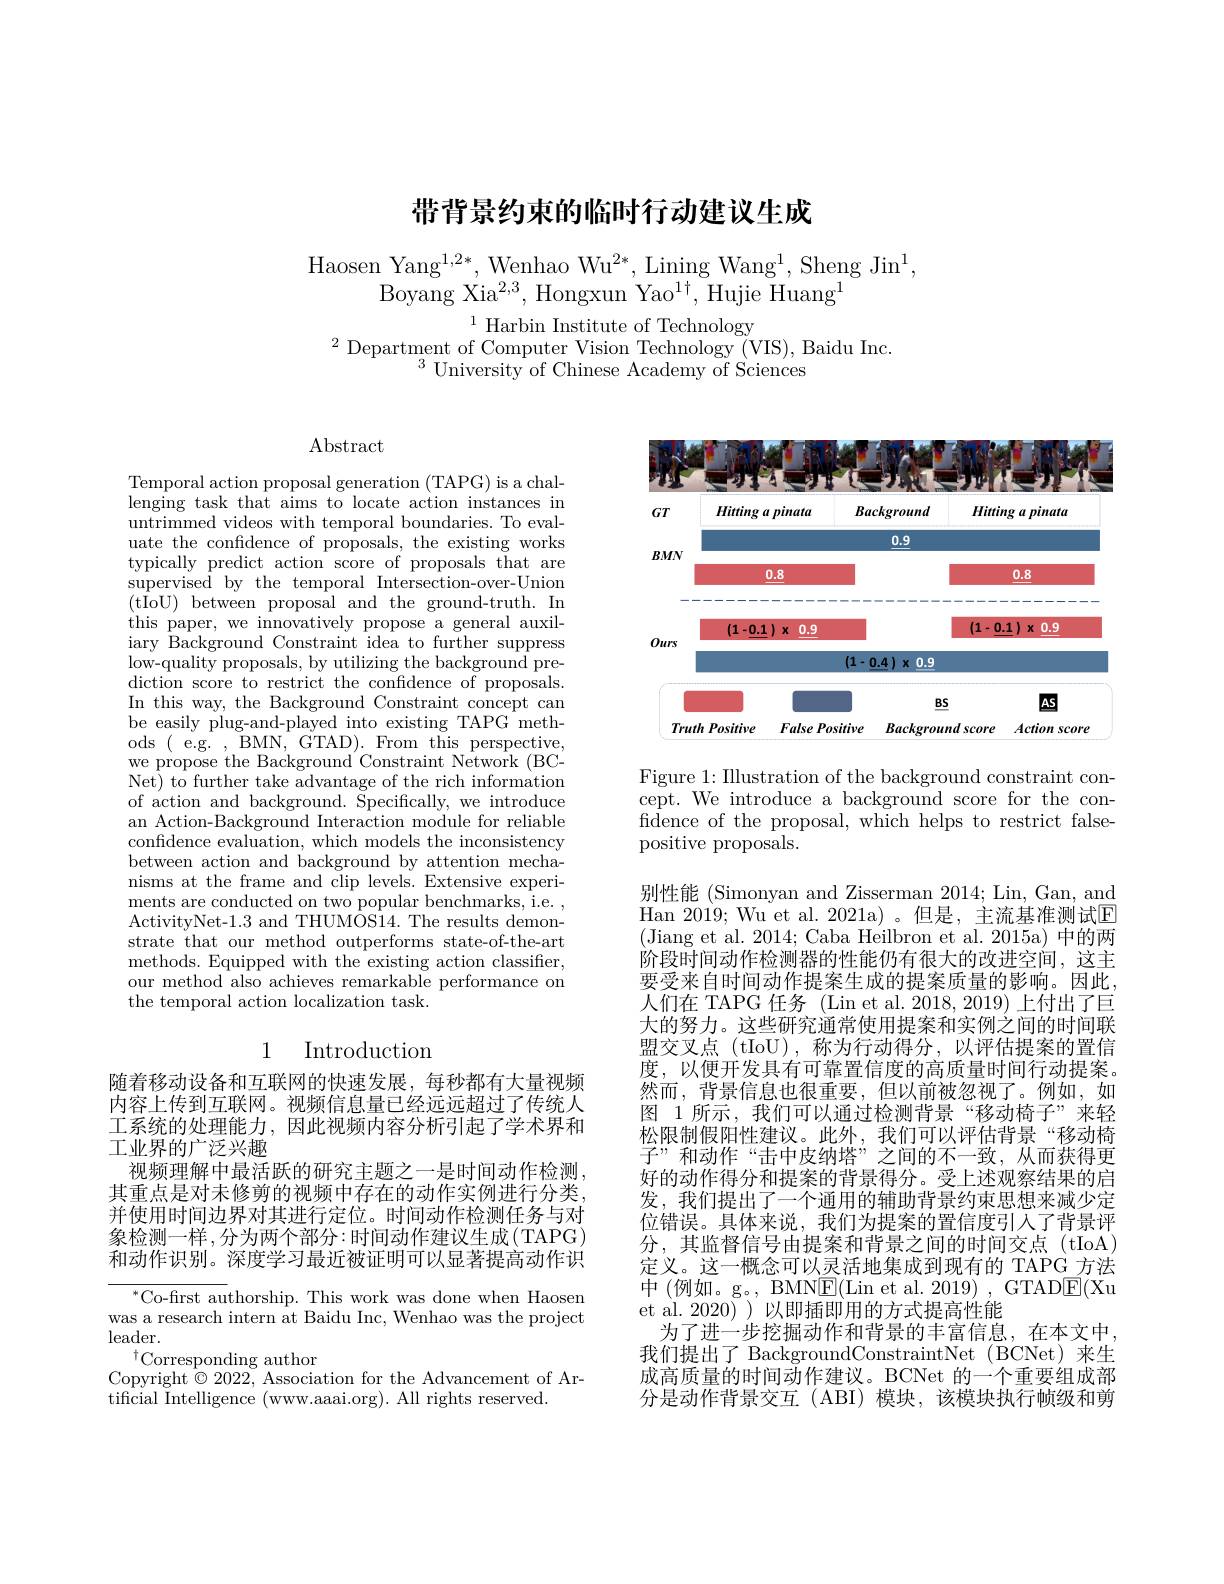
# 带背景约束的临时行动建议生成

Haosen Yan$g^{1, 2* }$, Wenhao W$u^{2* }$, Lining Wan$g^{1}$, Sheng Ji$n^{1}$,
$\mathrm{Boyang~Xia^{2,3},~Hongxun~Yao^{1\dagger},~Hujie~Huang}^{1}$
$^{1}$ Harbin Institute of Technology

$^{2}\underset{3}{\operatorname*{\text{Department of Computer Vision Technology (VIS),Baidu Inc.}}}$
$^{3}{\mathrm{~University~of~Chinese~Academy~of~Sciences}}$

Abstract

Temporal action proposal generation (TAPG) is a challenging task that aims to locate action instances in untrimmed videos with temporal boundaries. To evaluate the confidence of proposals, the existing works typically predict action score of proposals that are supervised by the temporal Intersection-over-Union ( t$\bar{I}$oU) between proposal and the ground- truth. In this paper, we innovatively propose a general auxiliary Background Constraint idea to further suppress low-quality proposals, by utilizing the background prediction score to restrict the confidence of proposals. In this way, the Background Constraint concept can be easily plug-and-played into existing TAPG methods(e.g.,BMN,GTAD).Fromthisperspective, we propose the Background'Constraint Network (BCNet) to further take advantage of the rich information of action and background. $\bar{\text{Specifically,we introduce}}$ an Action-Background Interaction module for reliable confidence evaluation, which models the inconsistency between action and background by attention mechanisms at the frame and clip levels. Extensive experiments are conducted on two popular benchmarks, i.e. , ActivityNet-1.3 and THUMOS14. The results demonstrate that our method outperforms state-of-the-art methods. Equipped with the existing action classifier, our method also achieves remarkable performance on the temporal action localization task.

## 1 Introduction

工系统的处理能力，因此视频内容分析引起了学术界和
工业界的广泛兴趣

随着移动设备和互联网的快速发展，每秒都有大量视频内容上传到互联网。视频信息量已经远远超过了传统人视频理解中最活跃的研究主题之一是时间动作检测其重点是对未修剪的视频中存在的动作实例进行分类， 并使用时间边界对其进行定位。时间动作检测任务与对象检测一样，分为两个部分：时间动作建议生成(TAPG) 和动作识别。深度学习最近被证明可以显著提高动作识

$^{*}$Co-first authorship. This work was done when Haosen was a research intern at Baidu Inc, Wenhao was the project $leader.$
$^{\dagger}$Corresponding author
Copyright $\odot2022$, Association for the Advancement of Ar-
tificial Intelligence (www.aaai.org). All rights reserved.

<FigureHere>

Figure 1: Illustration of the background constraint concept. We introduce a background score for the confidence of the proposal, which helps to restrict falsepositive proposals.
别性能 (Simonyan and Zisserman 2014; Lin, Gan, and Han 2019; Wu et al. 2021a)。但是，主流基准测试E (Jiang et al. 2014; Caba Heilbron et al. 2015a) 中的两阶段时间动作检测器的性能仍有很大的改进空间，这主要受来自时间动作提案生成的提案质量的影响。因此人们在 TAPG 任务 (Lin et al. 2018, 2019) 上付出了巨大的努力。这些研究通常使用提案和实例之间的时间联盟交叉点 (tIoU),称为行动得分，以评估提案的置信度，以便开发具有可靠置信度的高质量时间行动提案。然而，背景信息也很重要，但以前被忽视了。例如，如图 1 所示，我们可以通过检测背景“移动椅子”来轻松限制假阳性建议。此外，我们可以评估背景“移动椅子”和动作“击中皮纳塔”之间的不一致，从而获得更好的动作得分和提案的背景得分。受上述观察结果的启发，我们提出了一个通用的辅助背景约束思想来减少定位错误。具体来说，我们为提案的置信度引人了背景评分，其监督信号由提案和背景之间的时间交点(tIoA) 定义。这一概念可以灵活地集成到现有的 TAPG\_方法中 (例如。g。,BMNE(Lin et al.2019),GTAD$\overline{\mathrm{E}}($Xu et al. 2020) 以即插即用的方式提高性能
为了进一步挖掘动作和背景的丰富信息，在本文中我们提出了 BackgroundConstraintNet (BCNet)来生成高质量的时间动作建议。BCNet 的一个重要组成部分是动作背景交互(ABI) 模块，该模块执行帧级和剪